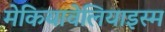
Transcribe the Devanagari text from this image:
मेकियावेलियाइस्म